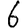
Digit: 6